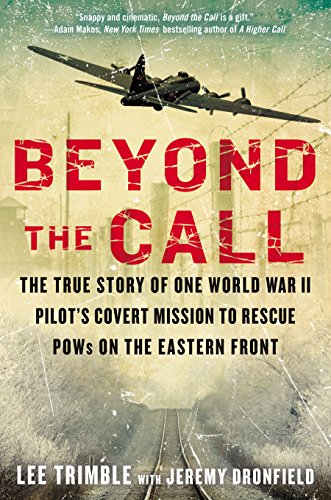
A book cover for Beyond the Call: The True Story of One World War II Pilot's Covert Mission to Rescue POWs on the Eastern Front; Lee Trimble; History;